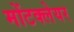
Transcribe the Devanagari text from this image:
मोंटक्लेयर